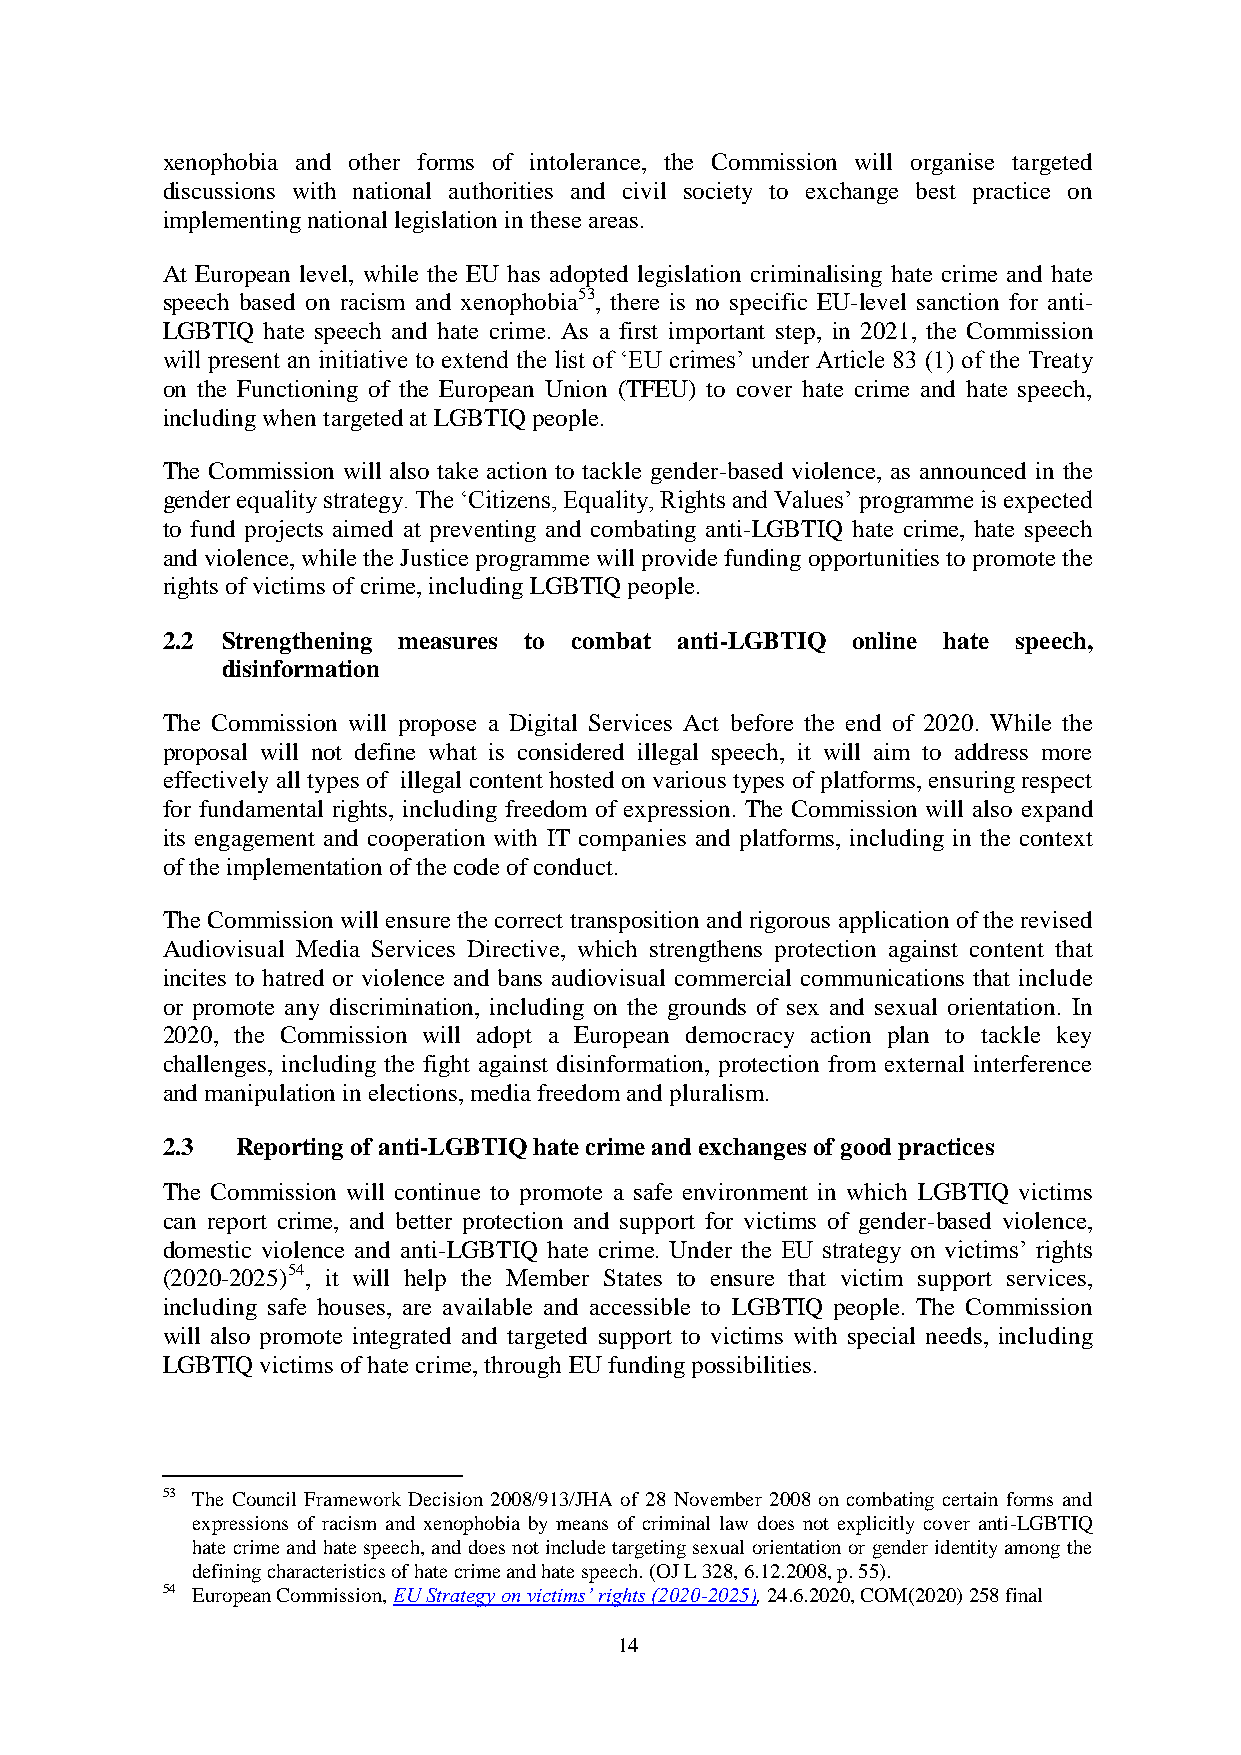
xenophobia and other forms of intolerance, the Commission will organise targeted
 discussions with national authorities and civil society to exchange best practice on
 implementing national legislation in these areas.
 At European level, while the EU has adopted legislation criminalising hate crime and hate
 speech based on racism and xenophobia53, there is no specific EU-level sanction for anti-
 LGBTIQ hate speech and hate crime. As a first important step, in 2021, the Commission
 will present an initiative to extend the list of ‘EU crimes’ under Article 83 (1) of the Treaty
 on the Functioning of the European Union (TFEU) to cover hate crime and hate speech,
 including when targeted at LGBTIQ people.
 The Commission will also take action to tackle gender-based violence, as announced in the
 gender equality strategy. The ‘Citizens, Equality, Rights and Values’ programme is expected
 to fund projects aimed at preventing and combating anti-LGBTIQ hate crime, hate speech
 and violence, while the Justice programme will provide funding opportunities to promote the
 rights of victims of crime, including LGBTIQ people.
 2.2 Strengthening measures to combat anti-LGBTIQ online hate speech,
 disinformation
 The Commission will propose a Digital Services Act before the end of 2020. While the
 proposal will not define what is considered illegal speech, it will aim to address more
 effectively all types of illegal content hosted on various types of platforms, ensuring respect
 for fundamental rights, including freedom of expression. The Commission will also expand
 its engagement and cooperation with IT companies and platforms, including in the context
 of the implementation of the code of conduct.
 The Commission will ensure the correct transposition and rigorous application of the revised
 Audiovisual Media Services Directive, which strengthens protection against content that
 incites to hatred or violence and bans audiovisual commercial communications that include
 or promote any discrimination, including on the grounds of sex and sexual orientation. In
 2020, the Commission will adopt a European democracy action plan to tackle key
 challenges, including the fight against disinformation, protection from external interference
 and manipulation in elections, media freedom and pluralism.
 2.3  Reporting of anti-LGBTIQ hate crime and exchanges of good practices
 The Commission will continue to promote a safe environment in which LGBTIQ victims
 can report crime, and better protection and support for victims of gender-based violence,
 domestic violence and anti-LGBTIQ hate crime. Under the EU strategy on victims’ rights
 (2020-2025)54, it will help the Member States to ensure that victim support services,
 including safe houses, are available and accessible to LGBTIQ people. The Commission
 will also promote integrated and targeted support to victims with special needs, including
 LGBTIQ victims of hate crime, through EU funding possibilities.
 53 The Council Framework Decision 2008/913/JHA of 28 November 2008 on combating certain forms and
 expressions of racism and xenophobia by means of criminal law does not explicitly cover anti-LGBTIQ
 hate crime and hate speech, and does not include targeting sexual orientation or gender identity among the
 defining characteristics of hate crime and hate speech. (OJ L 328, 6.12.2008, p. 55).
 54 European Commission, EU Strategy on victims’ rights (2020-2025), 24.6.2020, COM(2020) 258 final
 14